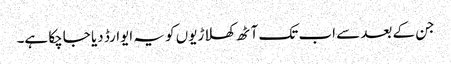
جن کے بعد سے اب تک آٹھ کھلاڑیوں کو یہ ایوارڈ دیا جاچکا ہے۔